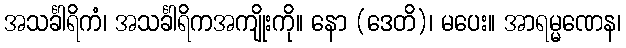
အသင်္ခါရိကံ၊ အသင်္ခါရိကအကျိုးကို။ နော (ဒေတိ)၊ မပေး။ အာရမ္မဏေန၊